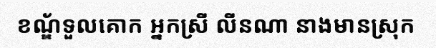
ខណ្ឌ័ទួលគោក អ្នកស្រី លីនណា នាងមានស្រុក